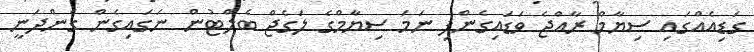
ގަޑިއެއްގައި ސިޔާމް ރާއްޖެ ވަޑައިގެންފި ނަމަ ސިޔާމްގެ ލަގެޖް ބެލްޓުން ނަގައިގެން ގެންދަނީ